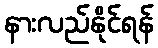
နားလည်နိုင်ရန်